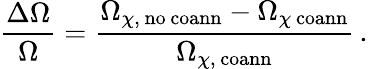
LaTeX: \frac{\Delta\Omega}{\Omega}=\frac{\Omega_{\chi,\, \mathrm{{no\, coann}}}-\Omega_{\chi\, \mathrm{{coann}}}}{\Omega_{\chi,\, \mathrm{{coann}}}}\, .